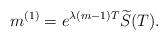
LaTeX: \begin{align*}m^{(1)}=e^{\lambda(m-1)T}\widetilde S(T).\end{align*}